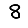
Digit: 8